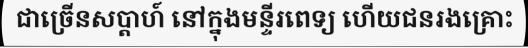
ជាច្រើនសប្តាហ៍ នៅក្នុងមន្ទីរពេទ្យ ហើយជនរងគ្រោះ